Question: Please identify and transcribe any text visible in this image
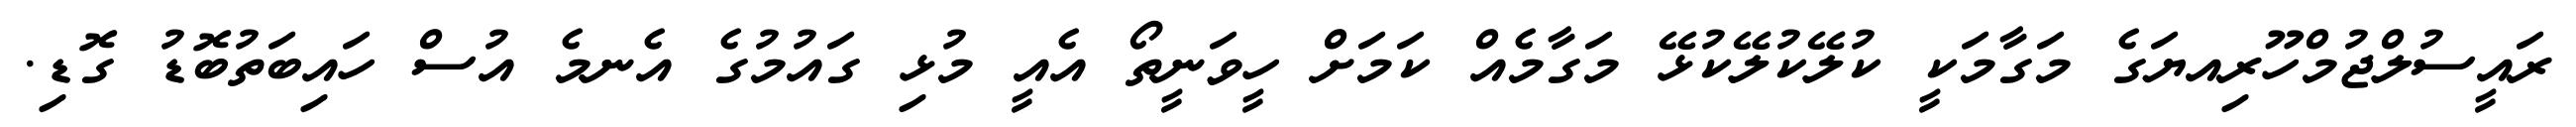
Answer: ރައީސުލްޖުމްހޫރިއޔަގެ މަގާމަކީ ކުލޭކުލޭކުޅޭ މަގާމެއް ކަމަށް ހީވަނީތޯ އެއީ މުޅި ގައުމުގެ އެނމެ އުސް ހައިބަތުބޮޑު ގޮޑި.